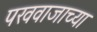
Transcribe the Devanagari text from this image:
पखवाजाच्या